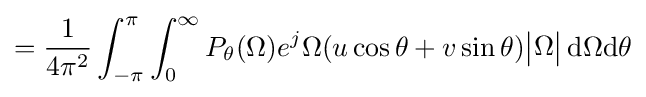
={\frac {1}{4\pi ^{2}}}\int _{-\pi }^{\pi }\int _{0}^{\infty }P_{\theta }(\Omega )e^{j}\Omega (u\cos \theta +v\sin \theta ){\begin{vmatrix}\Omega \end{vmatrix}}\,\mathrm {d} \Omega \mathrm {d} \theta